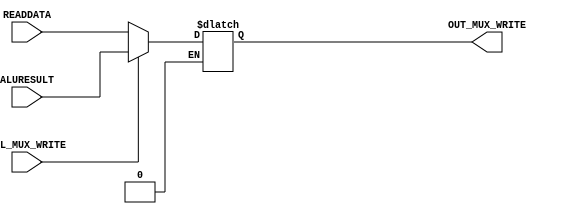
//E/16/078
//mux to get IN = data to be written to the register file
//select from READDATA and ALURESULT

 `timescale  1ns/100ps

module mux_write (READDATA,ALURESULT,SEL_MUX_WRITE,OUT_MUX_WRITE);

	//port declaration
	input [7:0]READDATA;
	input [7:0]ALURESULT;
	input SEL_MUX_WRITE;
	
	output [7:0]OUT_MUX_WRITE;
	reg [7:0]OUT_MUX_WRITE;
	

	//check output
	always @(READDATA,ALURESULT,SEL_MUX_WRITE)
	begin
	
		//output READDATA
		if (SEL_MUX_WRITE == 1'b0)
			begin
				OUT_MUX_WRITE = READDATA;
			end
		
		//output ALURESULT
		else if (SEL_MUX_WRITE == 1'b1)
			begin
				OUT_MUX_WRITE = ALURESULT;
			end
		end
	
	
	
endmodule